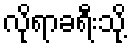
လိုရာခရီးသို့